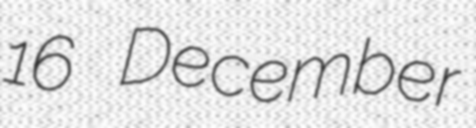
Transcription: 16 December